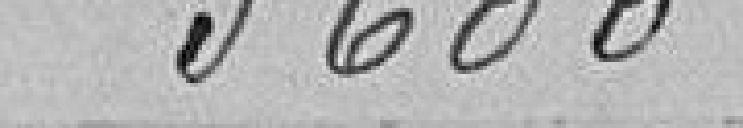
3 600